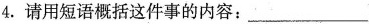
4.请用短语概括这件事的内容：___